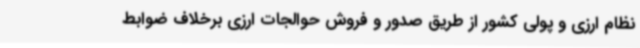
نظام ارزی و پولی کشور از طریق صدور و فروش حوالجات ارزی برخلاف ضوابط